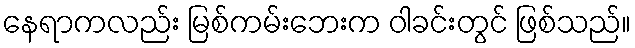
နေရာကလည်း မြစ်ကမ်းဘေးက ဝါခင်းတွင် ဖြစ်သည်။